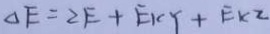
\Delta E = 2 E + E _ { k y } + E K Z